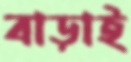
বাড়াই